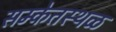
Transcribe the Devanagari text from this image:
सम्केतस्थळ